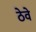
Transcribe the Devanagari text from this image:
ठेवे